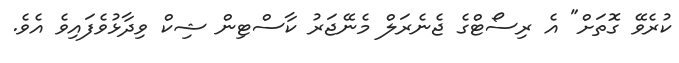
ކުރެވޭ ގޮތަށް" އެ ރިސޯޓްގެ ޖެނެރަލް މެނޭޖަރު ކާސްޓިން ޝިކް ވިދާޅުވެފައިވެ އެވެ.